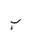
Letter: _ba